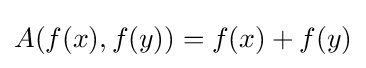
A(f(x),f(y))=f(x)+f(y)